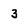
Character: 3